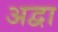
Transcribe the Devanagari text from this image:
अद्वा